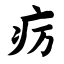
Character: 疠